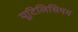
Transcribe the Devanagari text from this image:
यूटिलिसिमय